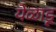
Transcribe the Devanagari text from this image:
येळाडू